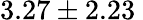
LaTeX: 3.27\pm 2.23\